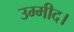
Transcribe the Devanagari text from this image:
उम्मीद।